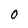
Character: 0